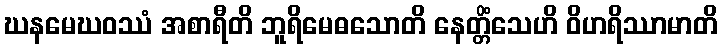
ဃနမေဃဝဿံ အစာရီတိ ဘူရိမေဓသောတိ နေတ္တိံသေဟိ ဝိဟရိဿာမာတိ